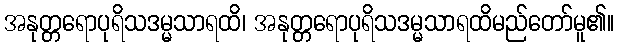
အနုတ္တရောပုရိသဒမ္မသာရထိ၊ အနုတ္တရောပုရိသဒမ္မသာရထိမည်တော်မူ၏။